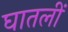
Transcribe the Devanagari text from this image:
घातलीं